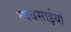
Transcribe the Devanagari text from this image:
व्यवसाईयों